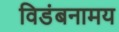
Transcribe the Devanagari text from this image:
विडंबनामय